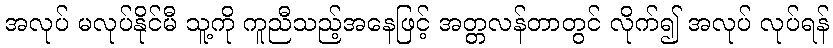
အလုပ် မလုပ်နိုင်မီ သူ့ကို ကူညီသည့်အနေဖြင့် အတ္တလန်တာတွင် လိုက်၍ အလုပ် လုပ်ရန်